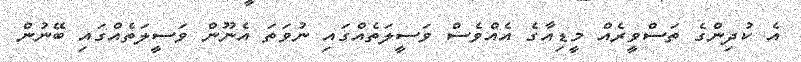
އެ ކުދިންގެ ތަސްވީރެއް މީޑިއާގެ އެއްވެސް ވަސީލަތެއްގައި ނުވަތަ އެނޫން ވަސީލަތެއްގައި ބޭނުން